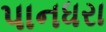
પાનધરા